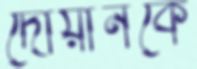
দোয়ানকে